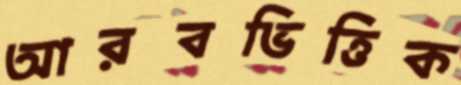
আরবভিত্তিক